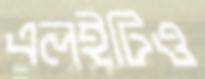
এলইটিও